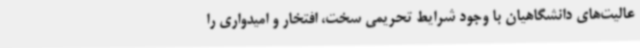
عالیت‌های دانشگاهیان با وجود شرایط تحریمی سخت، افتخار و امیدواری را